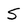
Character: 5